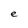
Character: e